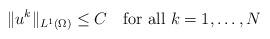
LaTeX: \begin{align*} \|u^k\|_{L^1(\Omega)}\le C \quad\mbox{for all }k=1,\ldots,N\end{align*}